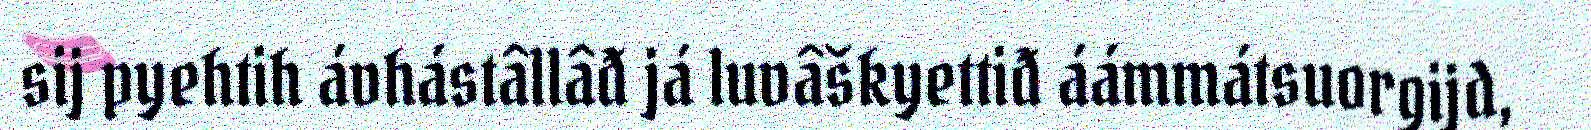
sij pyehtih ávhástâllâđ já luvâškyettiđ áámmátsuorgijd,